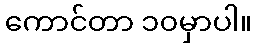
ကောင်တာ ၁၀မှာပါ။